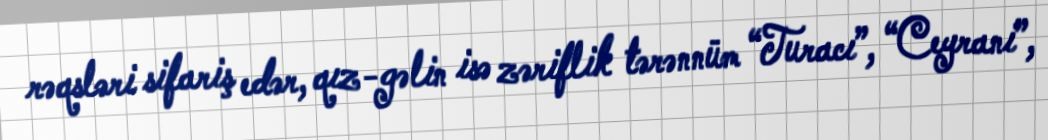
rəqsləri sifariş edər, qız-gəlin isə zəriflik tərənnüm “Turacı”, “Ceyrani”,